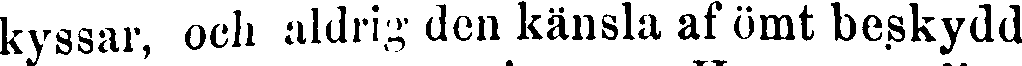
kyssar, och aldrig den känsla af ömt beskydd